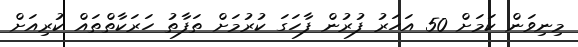
މިނިވަން ކަމަށް 50 އަހަރު ފުރުން ފާހަގަ ކުރުމަށް ތަފާތު ހަރަކާތްތައް ކުރިއަށް